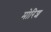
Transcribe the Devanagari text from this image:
मोरिश